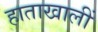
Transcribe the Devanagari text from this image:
हाताखालीं